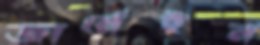
জার্মেইন